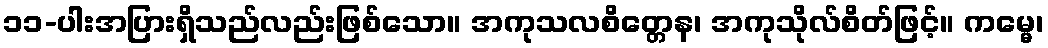
၁၁-ပါးအပြားရှိသည်လည်းဖြစ်သော။ အကုသလစိတ္တေန၊ အကုသိုလ်စိတ်ဖြင့်။ ကမ္မေ၊